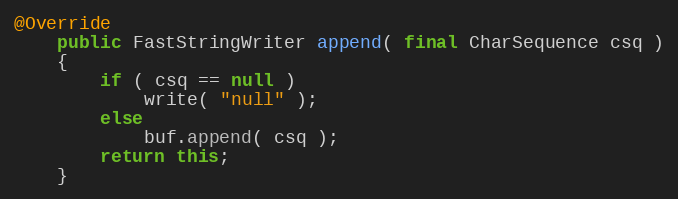
Language: Java
@Override
    public FastStringWriter append( final CharSequence csq )
    {
        if ( csq == null )
            write( "null" );
        else
            buf.append( csq );
        return this;
    }